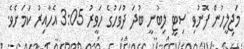
މަޖިލީހުން ފޮނުވި ސިޓީ ލިބުނީ ބުދަ ދުވަހުގެ ހަވީރު 3:05 އެހާއިރު ކަމަށެވެ.